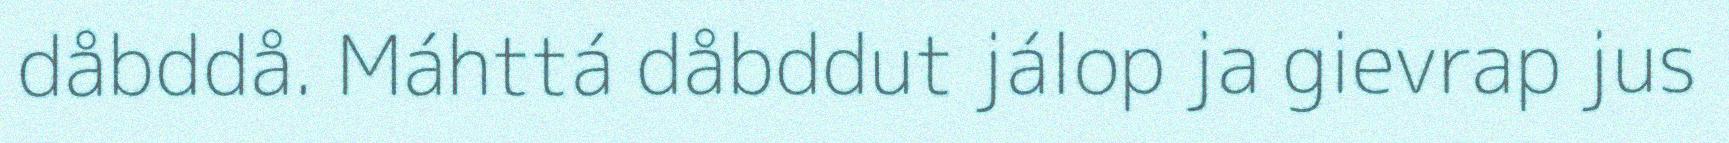
dåbddå. Máhttá dåbddut jálop ja gievrap jus